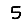
Digit: 5